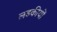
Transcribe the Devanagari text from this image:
लडकीयों